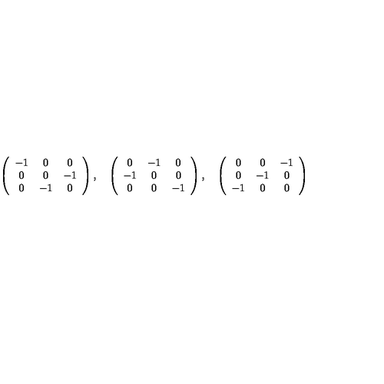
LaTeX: \left( \begin{array} { c c c } { - 1 } & { 0 } & { 0 } \\ { 0 } & { 0 } & { - 1 } \\ { 0 } & { - 1 } & { 0 } \\ \end{array} \right) , \quad \left( \begin{array} { c c c } { 0 } & { - 1 } & { 0 } \\ { - 1 } & { 0 } & { 0 } \\ { 0 } & { 0 } & { - 1 } \\ \end{array} \right) , \quad \left( \begin{array} { c c c } { 0 } & { 0 } & { - 1 } \\ { 0 } & { - 1 } & { 0 } \\ { - 1 } & { 0 } & { 0 } \\ \end{array} \right)